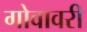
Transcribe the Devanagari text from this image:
गोवावरी